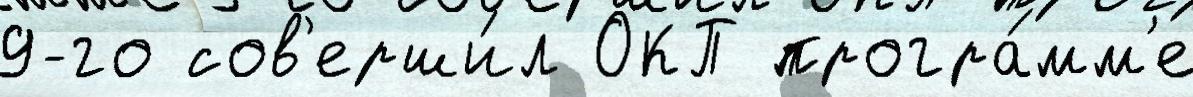
9-го сов'ерши́л ОКП програ́мм'е